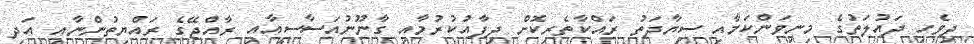
ދިވެހި ދައުލަތުގެ މިނިވަންކަމާއި ސިޔާދަތު ރައްކާތެރިކޮށް ދިފާއުކުރުމާއި ގާނޫނުއަސާސީއާއި ރާއްޖޭގެ ރައްޔިތުންނާއި އަދި